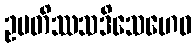
ဥပတိဿသဒိသေဟေဝ